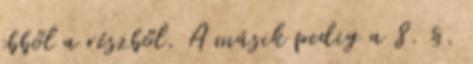
ebből a részből. A másik pedig a 8. §.